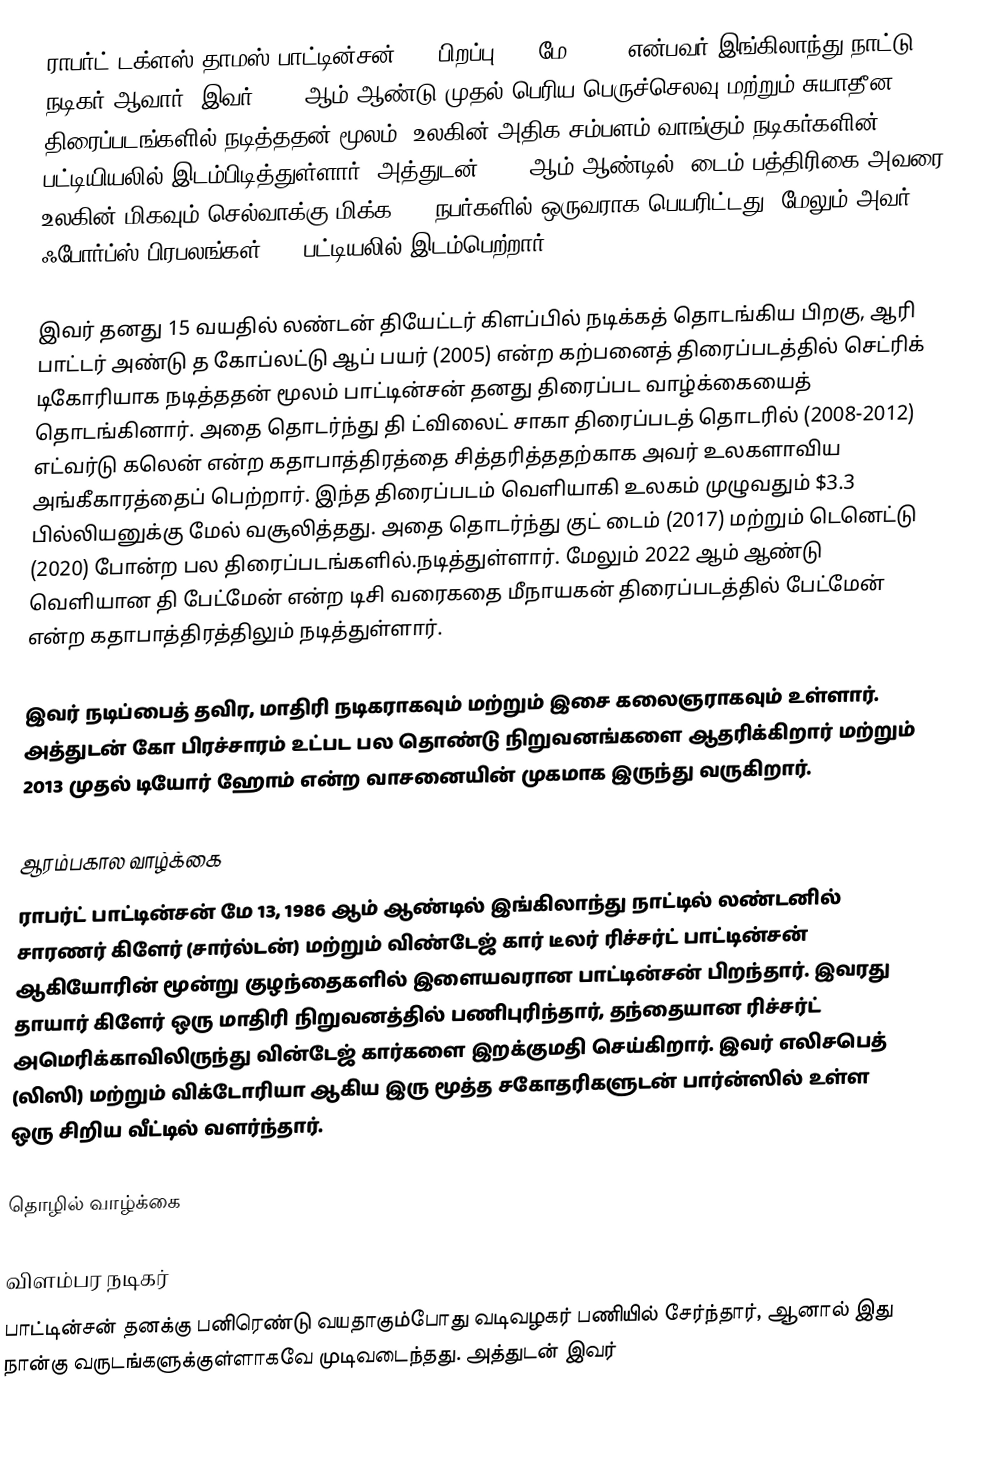
ராபர்ட் டக்ளஸ் தாமஸ் பாட்டின்சன் ()  (பிறப்பு: 13 மே 1986) என்பவர் இங்கிலாந்து நாட்டு நடிகர் ஆவார். இவர் 2004 ஆம் ஆண்டு முதல் பெரிய பெருச்செலவு மற்றும் சுயாதீன திரைப்படங்களில் நடித்ததன் மூலம், உலகின் அதிக சம்பளம் வாங்கும் நடிகர்களின் பட்டியியலில் இடம்பிடித்துள்ளார். அத்துடன் 2010 ஆம் ஆண்டில், டைம் பத்திரிகை அவரை உலகின் மிகவும் செல்வாக்கு மிக்க 100 நபர்களில் ஒருவராக பெயரிட்டது, மேலும் அவர் ஃபோர்ப்ஸ் பிரபலங்கள் 100 பட்டியலில் இடம்பெற்றார்.

இவர் தனது 15 வயதில் லண்டன் தியேட்டர் கிளப்பில் நடிக்கத் தொடங்கிய பிறகு, ஆரி பாட்டர் அண்டு த கோப்லட்டு ஆப் பயர் (2005) என்ற கற்பனைத் திரைப்படத்தில் செட்ரிக் டிகோரியாக நடித்ததன் மூலம் பாட்டின்சன் தனது திரைப்பட வாழ்க்கையைத் தொடங்கினார். அதை தொடர்ந்து தி ட்விலைட் சாகா திரைப்படத் தொடரில் (2008-2012) எட்வர்டு கலென் என்ற கதாபாத்திரத்தை சித்தரித்ததற்காக அவர் உலகளாவிய அங்கீகாரத்தைப் பெற்றார். இந்த திரைப்படம் வெளியாகி  உலகம் முழுவதும் $3.3 பில்லியனுக்கு மேல் வசூலித்தது. அதை தொடர்ந்து குட் டைம் (2017) மற்றும் டெனெட்டு (2020) போன்ற பல திரைப்படங்களில்.நடித்துள்ளார். மேலும் 2022 ஆம் ஆண்டு வெளியான தி பேட்மேன் என்ற டிசி வரைகதை மீநாயகன் திரைப்படத்தில் பேட்மேன் என்ற கதாபாத்திரத்திலும் நடித்துள்ளார்.

இவர் நடிப்பைத் தவிர, மாதிரி நடிகராகவும் மற்றும்  இசை கலைஞராகவும் உள்ளார். அத்துடன் கோ பிரச்சாரம் உட்பட பல தொண்டு நிறுவனங்களை ஆதரிக்கிறார் மற்றும் 2013 முதல் டியோர் ஹோம் என்ற வாசனையின் முகமாக இருந்து வருகிறார்.

ஆரம்பகால வாழ்க்கை
ராபர்ட் பாட்டின்சன் மே 13, 1986 ஆம் ஆண்டில் இங்கிலாந்து  நாட்டில் லண்டனில் சாரணர் கிளேர் (சார்ல்டன்) மற்றும் விண்டேஜ் கார் டீலர் ரிச்சர்ட் பாட்டின்சன் ஆகியோரின் மூன்று குழந்தைகளில் இளையவரான பாட்டின்சன் பிறந்தார். இவரது தாயார் கிளேர் ஒரு மாதிரி நிறுவனத்தில் பணிபுரிந்தார், தந்தையான ரிச்சர்ட் அமெரிக்காவிலிருந்து வின்டேஜ் கார்களை இறக்குமதி செய்கிறார். இவர் எலிசபெத் (லிஸி) மற்றும் விக்டோரியா ஆகிய இரு மூத்த சகோதரிகளுடன் பார்ன்ஸில் உள்ள ஒரு சிறிய வீட்டில் வளர்ந்தார்.

தொழில் வாழ்க்கை

விளம்பர நடிகர்
பாட்டின்சன் தனக்கு பனிரெண்டு வயதாகும்போது வடிவழகர் பணியில் சேர்ந்தார், ஆனால் இது நான்கு வருடங்களுக்குள்ளாகவே முடிவடைந்தது. அத்துடன் இவர்